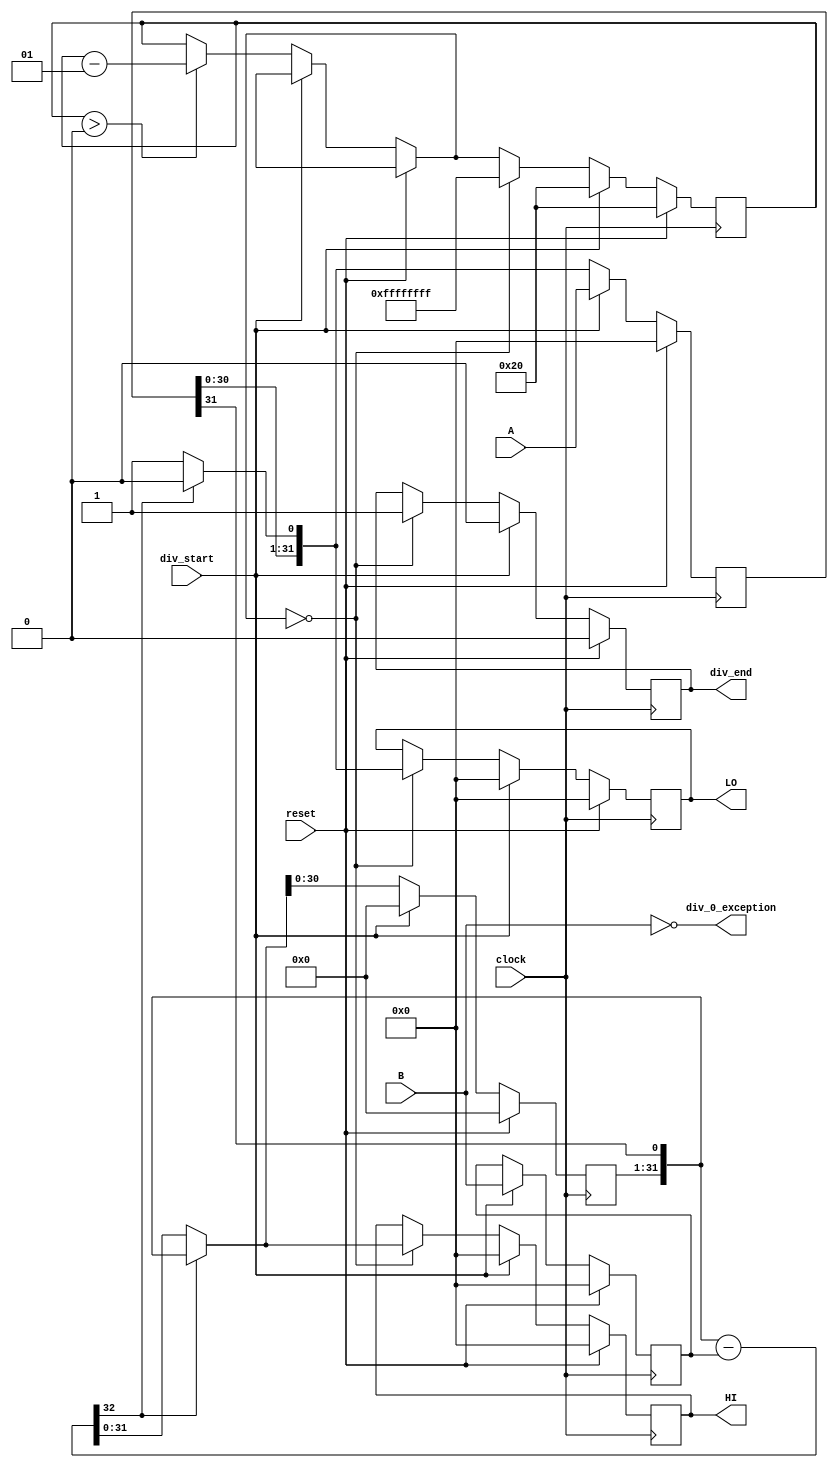
module Div (
		input wire [31:0] A,
		input wire [31:0] B,
		input wire clock,
		input wire reset,
		input wire div_start,

		output reg div_end,
		output reg [31:0] HI,
		output reg [31:0] LO,
		output reg div_0_exception
	);

    integer counter = 32;
	reg [31:0] quotient;
	reg [31:0] rest;
	reg [31:0] divider; 
	assign div_0_exception = !B;
	wire [32:0] subtrated = {rest[30:0], quotient[31]} - divider; 

	always @(posedge clock) begin
		if (reset == 1'd1) begin
			
			rest = 32'b0;
			counter = 32;
			div_end = 1'd0;
			divider = 32'b0;
			HI[31:0] = 32'd0;
			LO[31:0] = 32'd0;
			quotient = 65'b0;

		end else begin

			if (div_start == 1'b1) begin
				divider = B;
				quotient = A;

				rest = 32'b0;
				counter = 32;
				div_end = 1'd0;
				HI[31:0] = 32'd0;
				LO[31:0] = 32'd0;
			end else begin

				if (subtrated[32] == 0) begin
					rest = subtrated[31:0];
					quotient = {quotient[30:0], 1'b1};
				end else begin
					rest = {rest[30:0], quotient[31]};
					quotient = {quotient[30:0], 1'b0};
				end

				if (counter > 0) begin
					counter = counter - 1;
				end

				if (counter == 0) begin
					HI = rest;
					counter = -1;
					LO = quotient;
					div_end = 1'b1;
				end

			end
		end
	end
endmodule